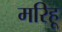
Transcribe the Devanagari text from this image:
मरिहू